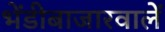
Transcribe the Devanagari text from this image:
भेंडीबाजारवालें